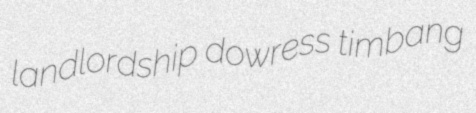
landlordship dowress timbang